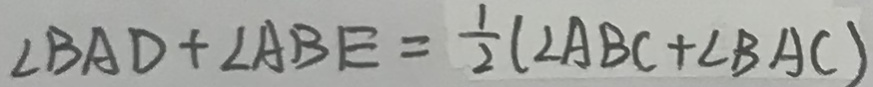
\angle B A D + \angle A B E = \frac { 1 } { 2 } ( \angle A B C + \angle B A C )